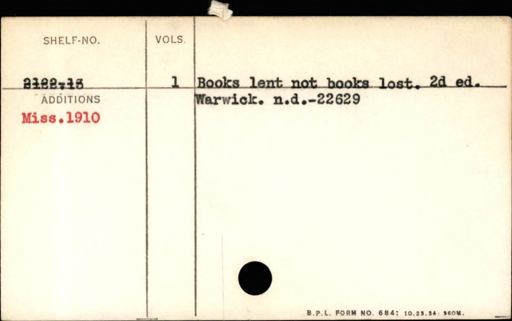
Label: content